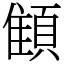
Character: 顀